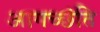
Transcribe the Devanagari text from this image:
आगच्छंति